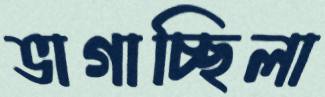
ভাগাচ্ছিলা